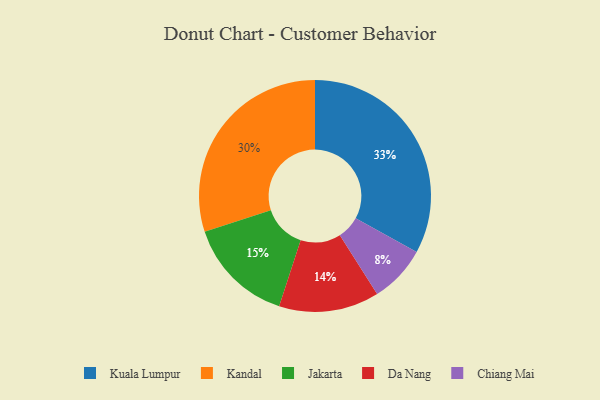
{"axis": {"x": "Category", "y": "Percentage"}, "legend": ["Chiang Mai", "Da Nang", "Jakarta", "Kandal", "Kuala Lumpur"], "data": [{"x": "Da Nang", "y": 14, "type": "Da Nang"}, {"x": "Kuala Lumpur", "y": 33, "type": "Kuala Lumpur"}, {"x": "Kandal", "y": 30, "type": "Kandal"}, {"x": "Chiang Mai", "y": 8, "type": "Chiang Mai"}, {"x": "Jakarta", "y": 15, "type": "Jakarta"}]}